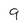
Character: 9